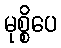
မုစ္စိပေ